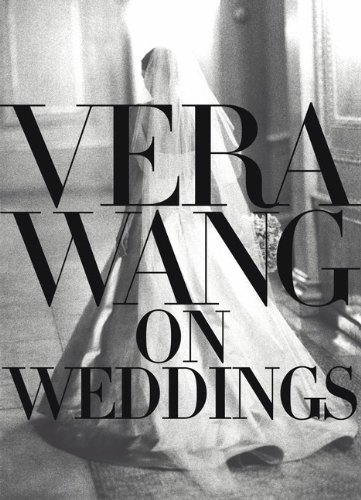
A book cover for Vera Wang On Weddings; Vera Wang; Crafts, Hobbies & Home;